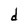
Character: d